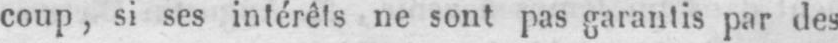
coup, si ses intérêts ne sont pas garantis par des